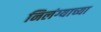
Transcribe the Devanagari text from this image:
निलंग्याच्या